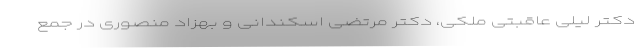
دکتر لیلی عاقبتی ملکی، دکتر مرتضی اسکندانی و بهزاد منصوری در جمع